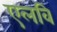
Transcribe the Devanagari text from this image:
एलवि